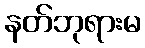
နတ်ဘုရားမ